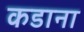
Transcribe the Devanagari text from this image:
कडाना